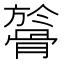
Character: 𩩘